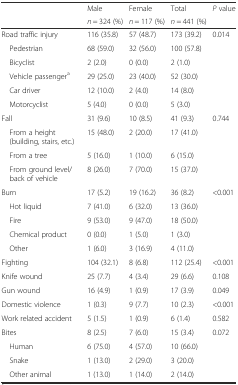
<table><thead><tr><td rowspan="2"></td><td><b>Male</b></td><td><b>Female</b></td><td><b>Total</b></td><td rowspan="2"><b><i>P</i> value</b></td></tr><tr><td><b><i>n</i> = 324 (%)</b></td><td><b><i>n</i> = 117 (%)</b></td><td><b><i>n</i> = 441 (%)</b></td></tr></thead><tbody><tr><td>Road traffic injury</td><td>116 (35.8)</td><td>57 (48.7)</td><td>173 (39.2)</td><td>0.014</td></tr><tr><td> Pedestrian</td><td>68 (59.0)</td><td>32 (56.0)</td><td>100 (57.8)</td><td></td></tr><tr><td> Bicyclist</td><td>2 (2.0)</td><td>0 (0.0)</td><td>2 (1.0)</td><td></td></tr><tr><td> Vehicle passenger<sup>a</sup></td><td>29 (25.0)</td><td>23 (40.0)</td><td>52 (30.0)</td><td></td></tr><tr><td> Car driver</td><td>12 (10.0)</td><td>2 (4.0)</td><td>14 (8.0)</td><td></td></tr><tr><td> Motorcyclist</td><td>5 (4.0)</td><td>0 (0.0)</td><td>5 (3.0)</td><td></td></tr><tr><td>Fall</td><td>31 (9.6)</td><td>10 (8.5)</td><td>41 (9.3)</td><td>0.744</td></tr><tr><td> From a height (building, stairs, etc.)</td><td>15 (48.0)</td><td>2 (20.0)</td><td>17 (41.0)</td><td></td></tr><tr><td> From a tree</td><td>5 (16.0)</td><td>1 (10.0)</td><td>6 (15.0)</td><td></td></tr><tr><td> From ground level/back of vehicle</td><td>8 (26.0)</td><td>7 (70.0)</td><td>15 (37.0)</td><td></td></tr><tr><td>Burn</td><td>17 (5.2)</td><td>19 (16.2)</td><td>36 (8.2)</td><td>&lt;0.001</td></tr><tr><td> Hot liquid</td><td>7 (41.0)</td><td>6 (32.0)</td><td>13 (36.0)</td><td></td></tr><tr><td> Fire</td><td>9 (53.0)</td><td>9 (47.0)</td><td>18 (50.0)</td><td></td></tr><tr><td> Chemical product</td><td>0 (0.0)</td><td>1 (5.0)</td><td>1 (3.0)</td><td></td></tr><tr><td> Other</td><td>1 (6.0)</td><td>3 (16.9)</td><td>4 (11.0)</td><td></td></tr><tr><td>Fighting</td><td>104 (32.1)</td><td>8 (6.8)</td><td>112 (25.4)</td><td>&lt;0.001</td></tr><tr><td>Knife wound</td><td>25 (7.7)</td><td>4 (3.4)</td><td>29 (6.6)</td><td>0.108</td></tr><tr><td>Gun wound</td><td>16 (4.9)</td><td>1 (0.9)</td><td>17 (3.9)</td><td>0.049</td></tr><tr><td>Domestic violence</td><td>1 (0.3)</td><td>9 (7.7)</td><td>10 (2.3)</td><td>&lt;0.001</td></tr><tr><td>Work related accident</td><td>5 (1.5)</td><td>1 (0.9)</td><td>6 (1.4)</td><td>0.582</td></tr><tr><td>Bites</td><td>8 (2.5)</td><td>7 (6.0)</td><td>15 (3.4)</td><td>0.072</td></tr><tr><td> Human</td><td>6 (75.0)</td><td>4 (57.0)</td><td>10 (66.0)</td><td></td></tr><tr><td> Snake</td><td>1 (13.0)</td><td>2 (29.0)</td><td>3 (20.0)</td><td></td></tr><tr><td> Other animal</td><td>1 (13.0)</td><td>1 (14.0)</td><td>2 (14.0)</td><td></td></tr></tbody></table>